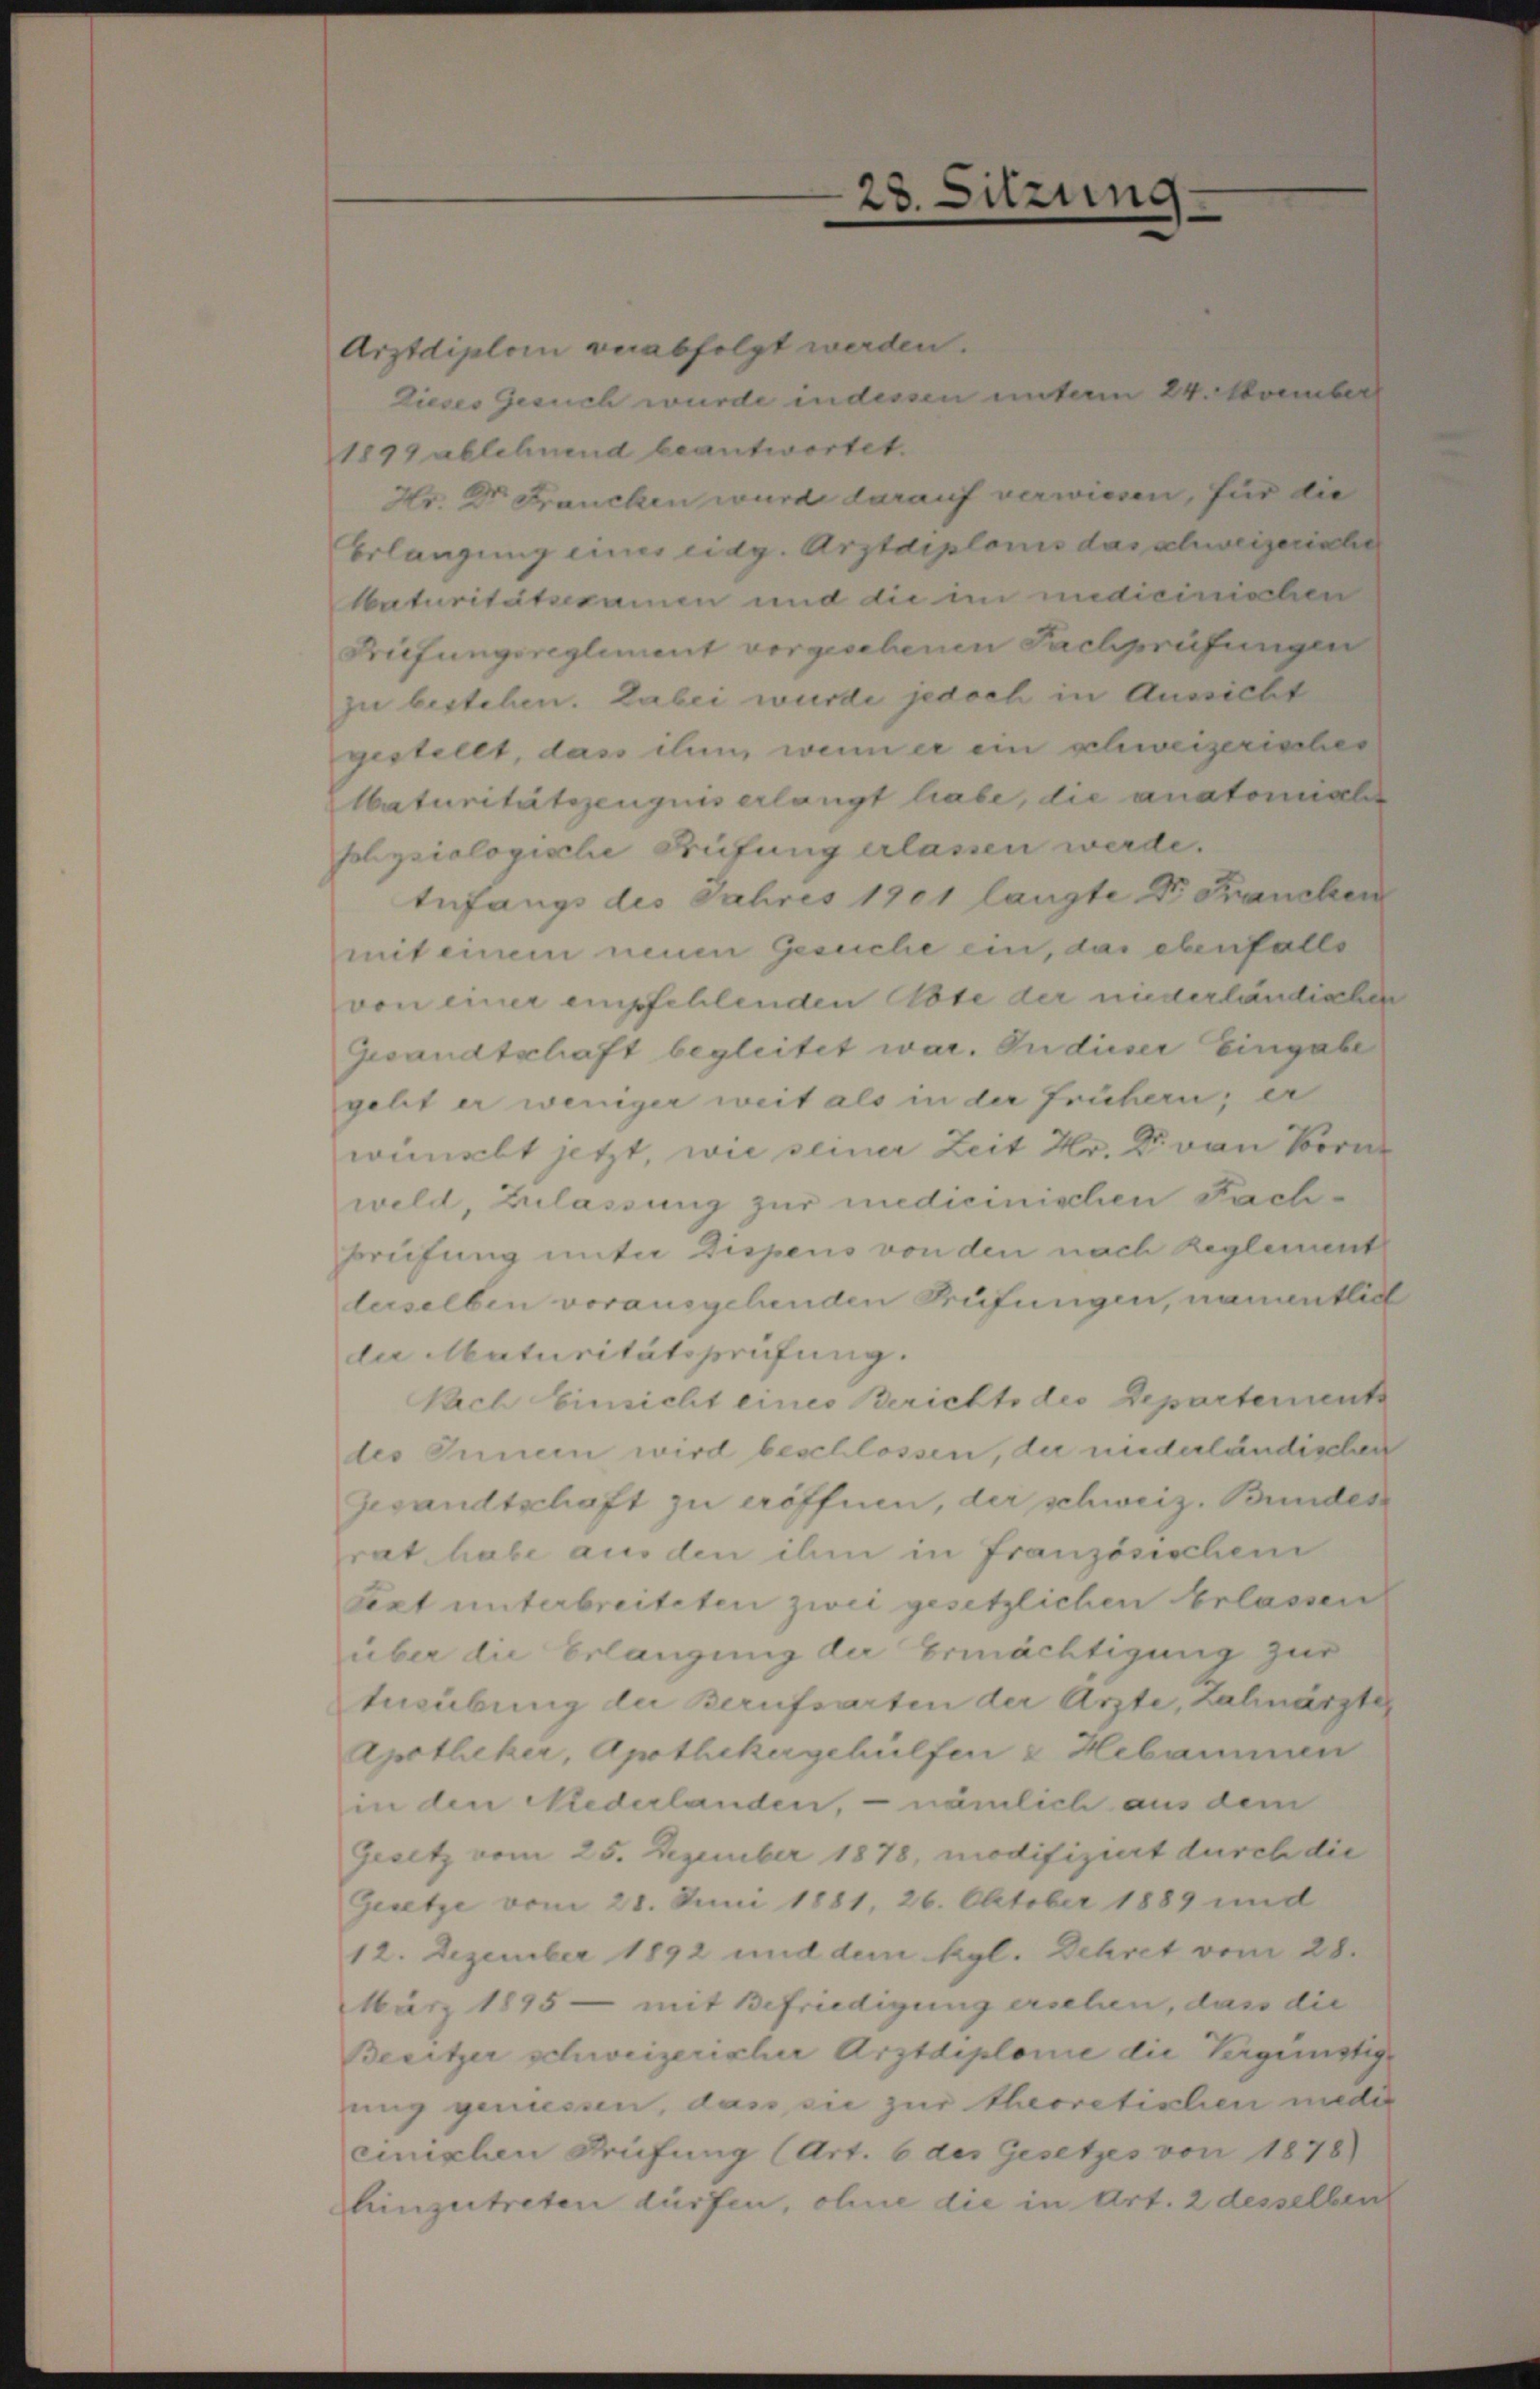
23.

sitzung

Arztdiplom verabfolgt werden.
Dieses Gesuch wurde in dessen unterm 24. November
1899 ablehnend beantwortet.
Hr. Dr. Franchen wird darauf verwiesen, für die
Erlangung eines eidg. Arztdiplonis das schweizerinter
Naturitätsexamen und die im indicinischen
Briefungsreglement vergesebenen Fachprüfungen
zu bestehen. Dabei wurde jedoch in Aussicht
gestellt, dass ihm, wenn er ein schweizerisches
Maturitätszeugnis erlangt habe, die anatomischer
sohysiologische Greifung erlassen werde.
tufangs des Jahres 1901 langte Dr. Francken
mit einem neuen Gesuche ein, das ebenfalls
von einer empfehlenden Tote der niederländigten
Gesandtschaft begleitet war. In dieser Eingabe
gelt er weniger weit als in der frühern; er
wimmelt jetzt, wie seiner Zeit Hr. Dr. von Bern
weld, Zulassung zur medicinischen Fach-
Brufung unter Dispens von den nach Reglement
lerselben vorausgehenden Prüfungen, namentlich
de Maturitätsprüfung.
Nach Einsicht eines Berichte des Departements
des Innern wird beschlossen, der niederländischen
Gesandtschaft zu eröffnen, der schweiz. Bundes
rat, habe aus den ihm in Französischein
text unterbreiteten zwei gesetzlichen Erlassen
über die Erlangung der Ermächtigung zur
tusübung der Berufsarten der Ärzte, talinärztes
Apotheker, Apothekergehülfen & Hebammen
in den Niederlanden, – nämlich aus dem
Gesetz vom 25. Dezember 1878, modifiziert durch die
Gesetze vom 21. Juni 1881, 26. Oktober 1889 und
12. Dezember 1892 und dem Kgl. Dehret vom 28.
März 1895 - mit Befriedigung ersehen, dass die
Besitzer schweizerischer Arztdiplomie die Vergünstige
ung geniessen, das sie zur theoretischen nieder
cinischen Prüfung (Art. 6 des Gesetzes von 1878)
hinzutreten dürfen, ohne die in Art. 2 desselben